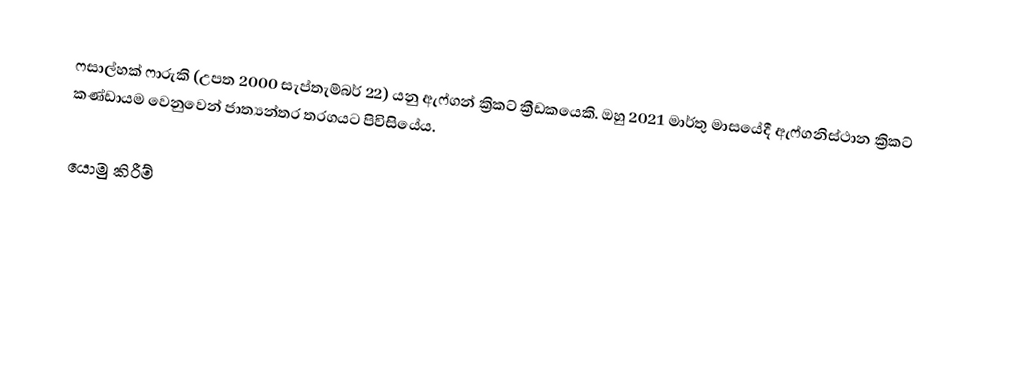
ෆසාල්හක් ෆාරුකි (උපත 2000 සැප්තැම්බර් 22) යනු ඇෆ්ගන් ක්‍රිකට් ක්‍රීඩකයෙකි. ඔහු 2021 මාර්තු මාසයේදී ඇෆ්ගනිස්ථාන ක්‍රිකට් කණ්ඩායම වෙනුවෙන් ජාත්‍යන්තර තරගයට පිවිසියේය.

යොමු කිරීම්